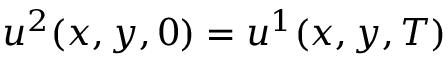
u ^ { 2 } ( x , y , 0 ) = u ^ { 1 } ( x , y , T )